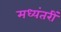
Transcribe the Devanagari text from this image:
मध्यंतरीं